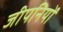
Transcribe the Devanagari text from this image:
जीपनियों